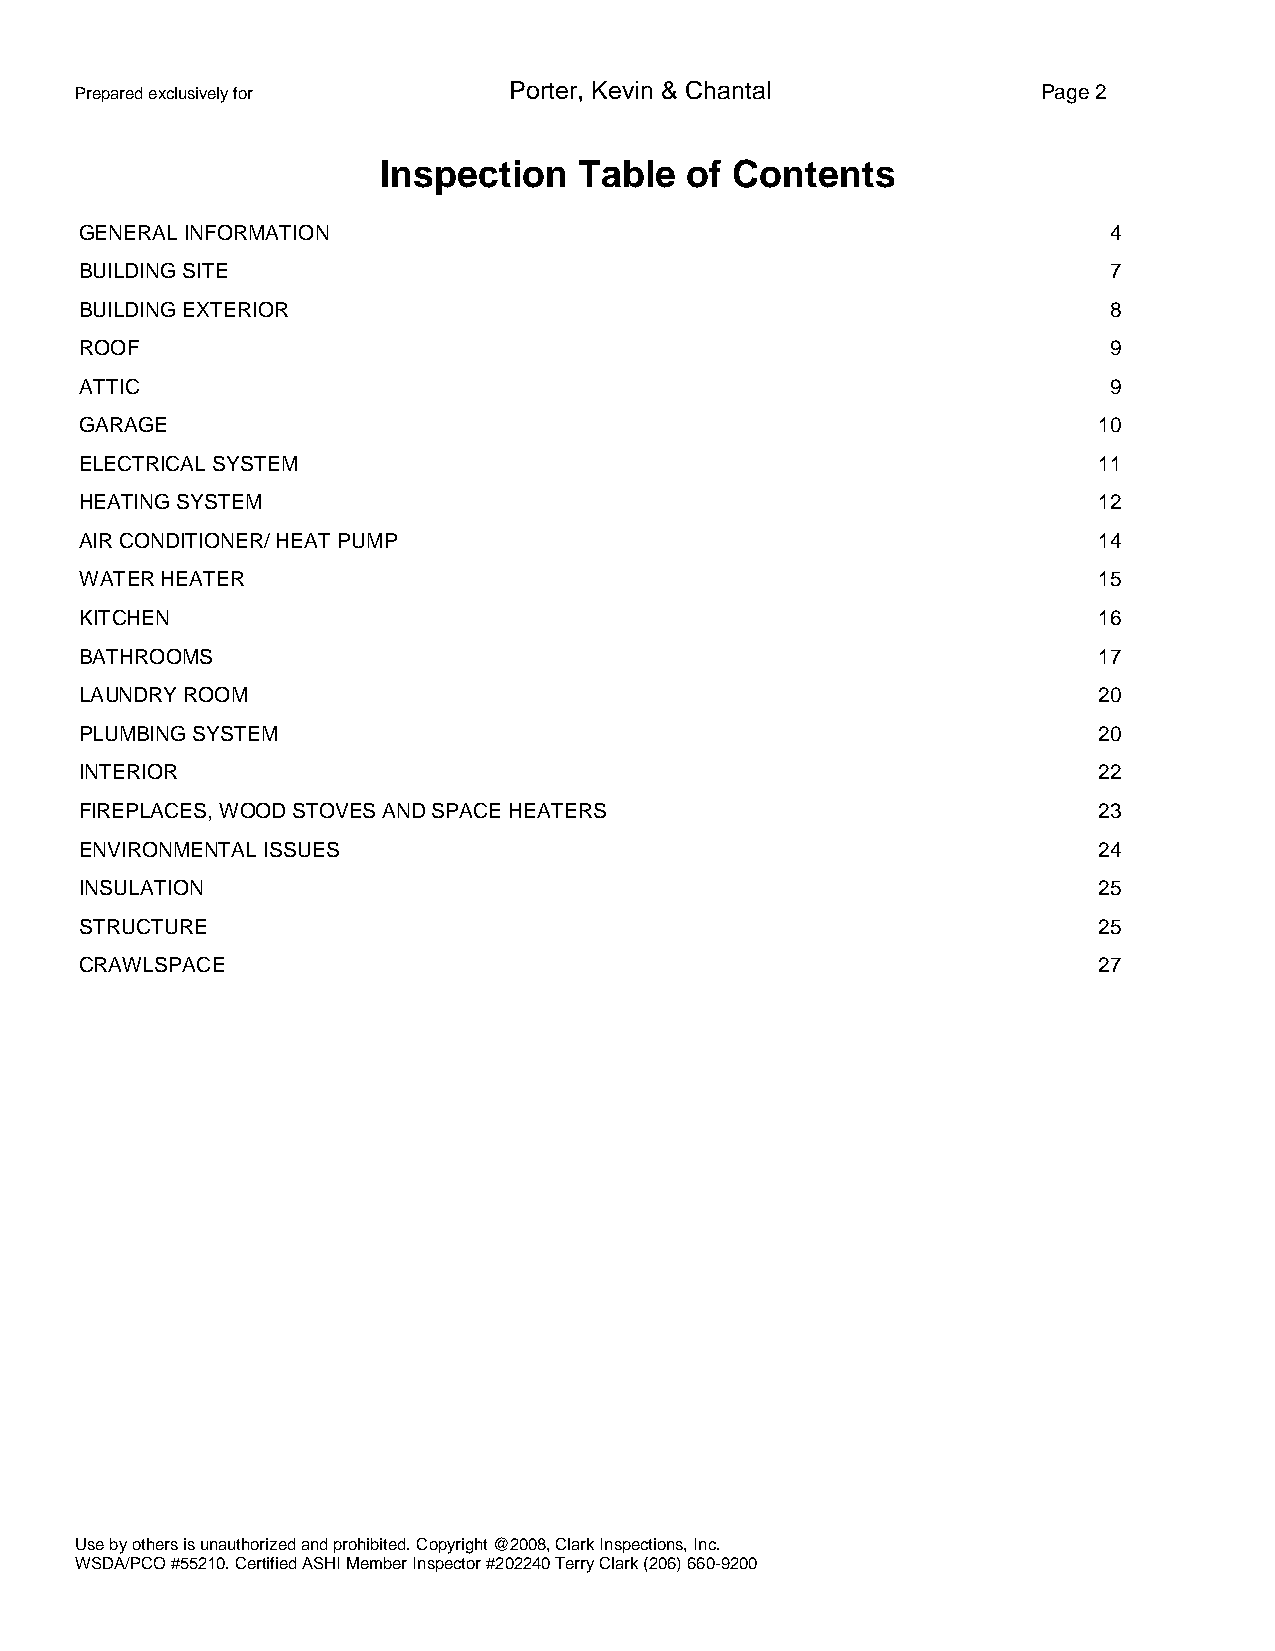
Prepared exclusively for     Porter, Kevin & Chantal            Page 2
 Inspection   Table  of Contents
 GENERAL INFORMATION                                                 4
 BUILDING SITE                                                       7
 BUILDING EXTERIOR                                                   8
 ROOF                                                                9
 ATTIC                                                               9
 GARAGE                                                              10
 ELECTRICAL SYSTEM                                                   11
 HEATING SYSTEM                                                      12
 AIR CONDITIONER/ HEAT PUMP                                          14
 WATER HEATER                                                        15
 KITCHEN                                                             16
 BATHROOMS                                                           17
 LAUNDRY ROOM                                                        20
 PLUMBING SYSTEM                                                     20
 INTERIOR                                                            22
 FIREPLACES, WOOD STOVES AND SPACE HEATERS                           23
 ENVIRONMENTAL ISSUES                                                24
 INSULATION                                                          25
 STRUCTURE                                                           25
 CRAWLSPACE                                                          27
 Use by others is unauthorized and prohibited. Copyright @2008, Clark Inspections, Inc.
 WSDA/PCO #55210. Certified ASHI Member Inspector #202240 Terry Clark (206) 660-9200